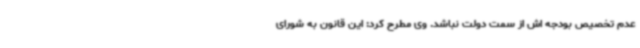
عدم تخصیص بودجه اش از سمت دولت نباشد. وی مطرح کرد: این قانون به شورای